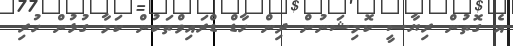
އެ ގޮތުން ރިޔާސީ ކޮމިޝަނުން ދިން ހާޑް ޑްރައިވްތަކުން ކަމާ ގުޅުން ހުރި